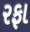
રફા